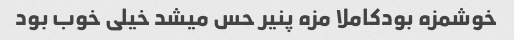
خوشمزه بودکاملا مزه پنیر حس میشد خیلی خوب بود